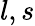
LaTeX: l,s